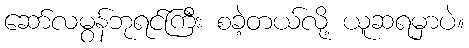
ဆော်လမွန်ဘုရင်ကြီး စခဲ့တယ်လို့ ယူဆရမှာပဲ။